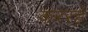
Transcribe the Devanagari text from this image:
कररहे